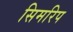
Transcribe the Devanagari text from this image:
सिमरिप